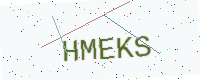
Text: HMEKS